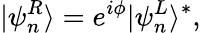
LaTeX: |\psi_{n}^{R}\rangle=e^{i\phi}|\psi_{n}^{L}\rangle^{\ast},